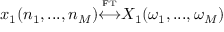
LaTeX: x _ { 1 } ( n _ { 1 } , . . . , n _ { M } ) { \overset { \underset { \mathrm { F T } } { } } { \longleftrightarrow } } X _ { 1 } ( \omega _ { 1 } , . . . , \omega _ { M } )